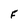
Character: F